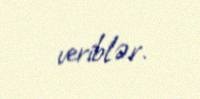
veriblər.